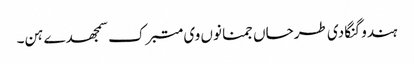
ہندو گنگا دی طرحاں جمنا نوں وی متبرک سمجھدے ہن۔